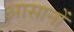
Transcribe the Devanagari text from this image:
आसानों